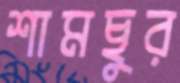
শামছুর